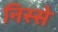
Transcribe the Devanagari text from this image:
निस्से